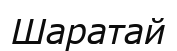
Шаратай